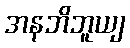
အနဘိဘူယျ